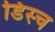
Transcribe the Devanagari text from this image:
डिस्च